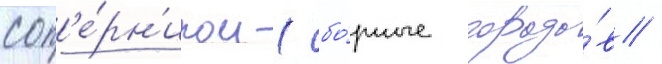
соп'е́рн'иком (сбо́рные городо́в /